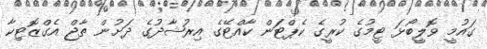
ގައުމީ ވޮލީބޯޅަ ޓީމުގެ ކުރީގެ ކެޕްޓަން ކާއްޓޭގެ އިރުޝާދުގެ ދަށުން ތާޖް އެގްޒޮޓިކާ